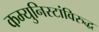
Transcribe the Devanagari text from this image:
कम्युनिस्टांविरुद्ध